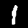
Digit: 1